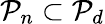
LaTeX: \mathcal{P}_{n}\subset\mathcal{P}_{d}